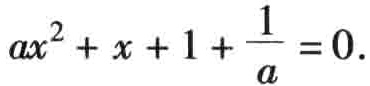
\(ax^{2}+x + 1+\frac{1}{a}=0\)